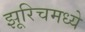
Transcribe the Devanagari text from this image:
झूरिचमध्ये